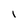
Character: i